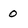
Character: 0